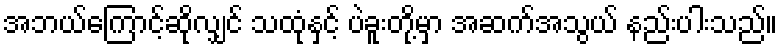
အဘယ်ကြောင့်ဆိုလျှင် သထုံနှင့် ပဲခူးတို့မှာ အဆက်အသွယ် နည်းပါးသည်။